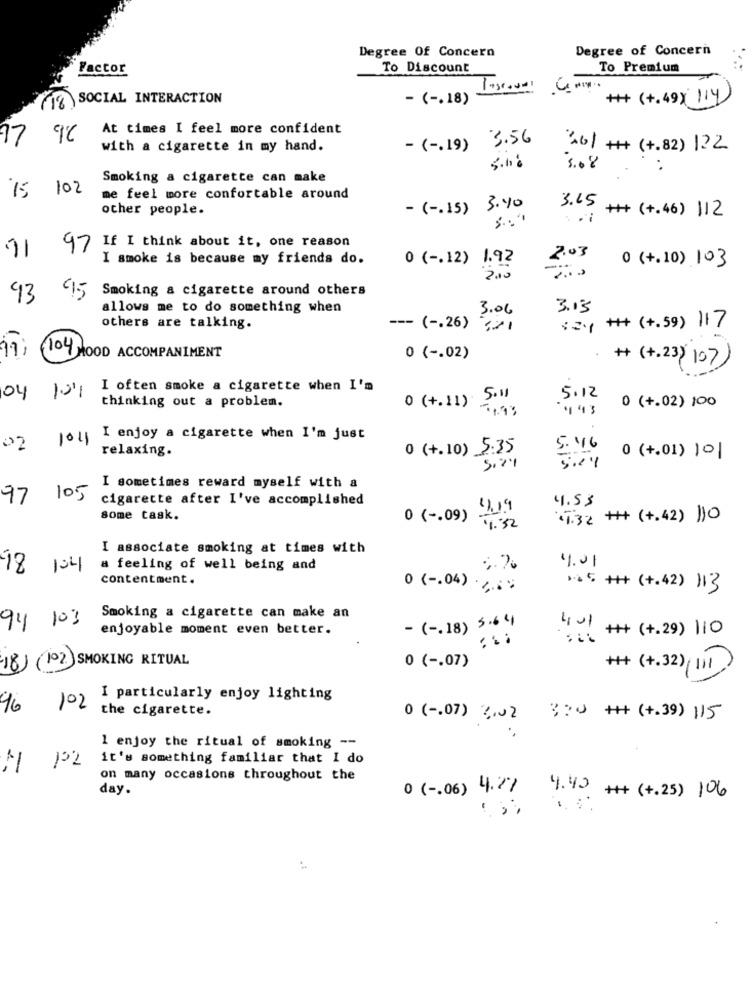
Degree Of Concern
Degree of Concern
Factor
To Discount
To Premium
1% SOCIAL INTERACTION
- ( -. 18)
## (+.49) 114)
At times I feel more confident
77
3.56
with a cigarette in my hand.
- ( -. 19)
26/ +++ (+.82) 122
5.10:
5.08
Smoking a cigarette can make
15 102
me feel more confortable around
other people.
- ( -. 15)
3.40
3.15 +++ (+.46) 112
97 If I think about it, one reason
I smoke is because my friends do.
0 ( -. 12) 1.92
2.03
0 (+.10) 103
Smoking a cigarette around others
93
95
allows me to do something when
3.06
3.13
others are talking.
--- ( -. 26) 321
S2.1 ++ (+.59) 117
(104 HOOD ACCOMPANIMENT
0 ( -. 02)
# (+.23) 107)
101
I often smoke a cigarette when I'm
04
0 (+.11) 5.11
5.12
0 (+.02) 100
thinking out a problem.
1041
I enjoy a cigarette when I'm just
02
relaxing.
0 (+.10) 5.35
5. 46
0 (+.01) 101
5.21
I sometimes reward myself with a
97
105
cigarette after I've accomplished
4.53
4.19
some task.
0 ( -. 09) 2
1.32 ++ (+.42) ))0
1:32
I associate smoking at times with
4.01
98 104
a feeling of well being and
%.70
contentment.
0 ( -. 04) .
15 ++ (+.42) 113
94 103
Smoking a cigarette can make an
enjoyable moment even better.
- ( -. 18) 5.64
401
:: ++ (+.29) 110
18) (102 SMOKING RITUAL
0 ( -. 07)
## (+.32), III)
I particularly enjoy lighting
96
102
the cigarette.
0 ( -. 07) 2.02 320 ## (+.39) 115
1 enjoy the ritual of smoking --
it's something familiar that I do
on many occasions throughout the
day.
0 ( -. 06) 4.27
4.40 +# (+.25) 106